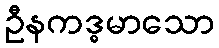
ဦနကဒ္ဓမာသော